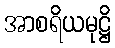
အာစရိယမုဋ္ဌိ